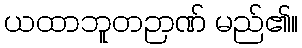
ယထာဘူတဉာဏ် မည်၏။